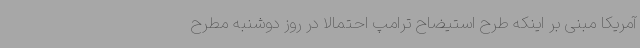
آمریکا مبنی بر اینکه طرح استیضاح ترامپ احتمالا در روز دوشنبه مطرح